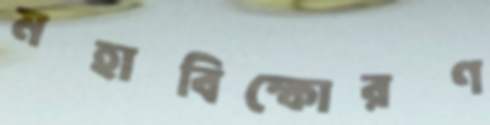
মহাবিস্ফোরণ